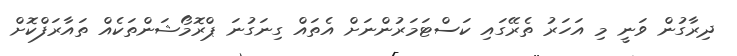
ދިރާގުން ވަނީ މި އަހަރު ތެރޭގައި ކަސްޓަމަރުންނަށް އެތައް ގިނަގުނަ ޕްރޮމޯޝަންތަކެއް ތައާރަފްކޮށް